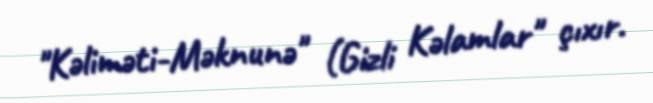
"Kəliməti-Məknunə" (Gizli Kəlamlar" çıxır.